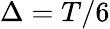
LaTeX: \Delta=T/6